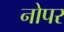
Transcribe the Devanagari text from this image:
नोपर